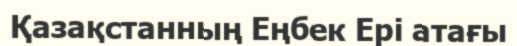
Қазақстанның Еңбек Ері атағы